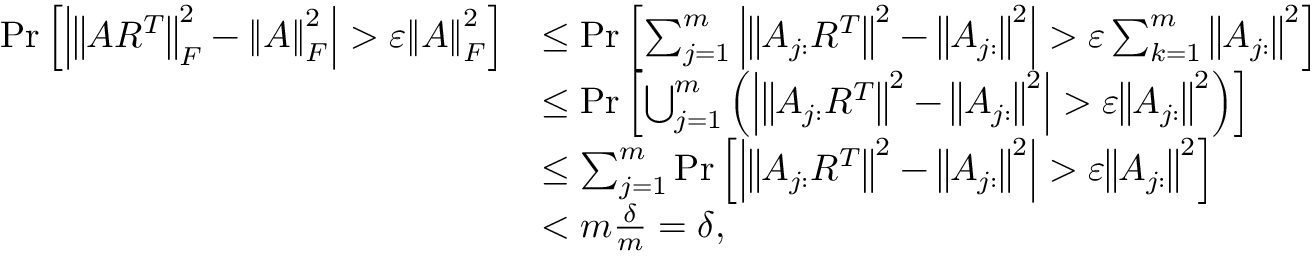
\begin{array} { r l } { \operatorname* { P r } \left[ \left| { \left\| A R ^ { T } \right\| } _ { F } ^ { 2 } - { \left\| A \right\| } _ { F } ^ { 2 } \right| > \varepsilon { \left\| A \right\| } _ { F } ^ { 2 } \right] } & { \leq \operatorname* { P r } \left[ \sum _ { j = 1 } ^ { m } \left| { \left\| A _ { j : } R ^ { T } \right\| } ^ { 2 } - { \left\| A _ { j : } \right\| } ^ { 2 } \right| > \varepsilon \sum _ { k = 1 } ^ { m } { \left\| A _ { j : } \right\| } ^ { 2 } \right] } \\ & { \leq \operatorname* { P r } \left[ \bigcup _ { j = 1 } ^ { m } \left( \left| { \left\| A _ { j : } R ^ { T } \right\| } ^ { 2 } - { \left\| A _ { j : } \right\| } ^ { 2 } \right| > \varepsilon { \left\| A _ { j : } \right\| } ^ { 2 } \right) \right] } \\ & { \leq \sum _ { j = 1 } ^ { m } \operatorname* { P r } \left[ \left| { \left\| A _ { j : } R ^ { T } \right\| } ^ { 2 } - { \left\| A _ { j : } \right\| } ^ { 2 } \right| > \varepsilon { \left\| A _ { j : } \right\| } ^ { 2 } \right] } \\ & { < m \frac { \delta } { m } = \delta , } \end{array}